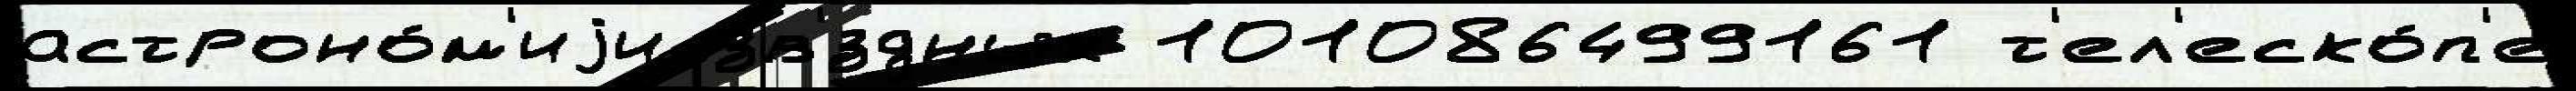
астроно́м'иjи зв'́здных 101086499161 т'ел'еско́п'е